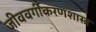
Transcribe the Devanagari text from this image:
जीववर्गीकरणशास्त्र